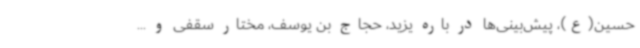
حسین(ع)، پیش‌بینی‌ها در باره یزید، حجاج بن یوسف، مختار سقفی و ...